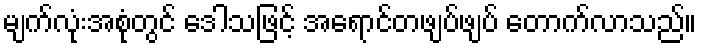
မျက်လုံးအစုံတွင် ဒေါသဖြင့် အရောင်တဖျပ်ဖျပ် တောက်လာသည်။